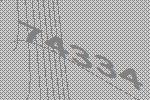
74334